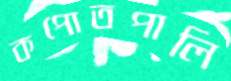
কপোতপালি